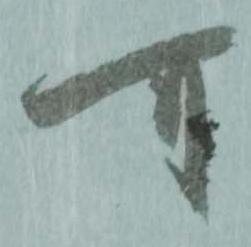
可